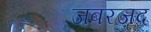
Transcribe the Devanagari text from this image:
जबरज़द